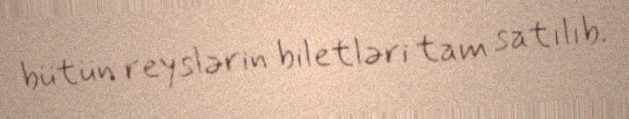
bütün reyslərin biletləri tam satılıb.